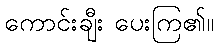
ကောင်းချီး ပေးကြ၏။